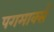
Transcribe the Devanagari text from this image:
पगमार्क्स